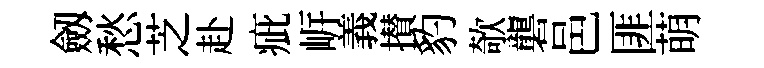
劔愁芝赴疵㟁義攅豹欹礱邑匪萌